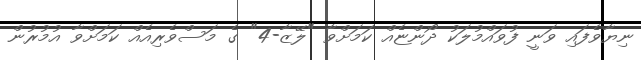
ނިޔާވެފައި ވަނީ ފުވައްމުލަކު ދޯންޏެއް ކަމަށްވާ "ލޭޒާ-4" ގެ މަސްވެރިއެއް ކަމަށްވާ އުމުރުން